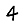
Digit: 4